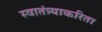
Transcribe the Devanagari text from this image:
स्वातंत्र्याकरिता